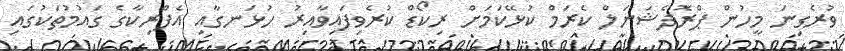
ވުރެގިނަ މީހުން ޕްރޮފެޝަނަލް ކެރަމް ކުޅޭކަމަށް ރިކޯޑް ކުރެވިފައިވާއިރު ހުޅަނގާއި އެފްރިކާގެ ގައުމުތަކުގައި